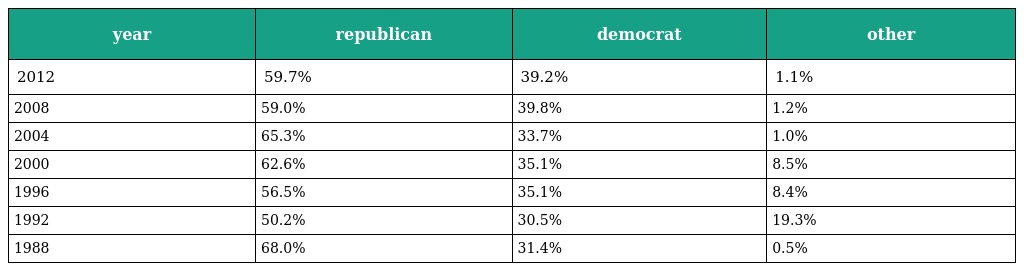
| year | republican | democrat | other |
 | --- | --- | --- | --- |
 | 2012 | 59.7% | 39.2% | 1.1% |
 | 2008 | 59.0% | 39.8% | 1.2% |
 | 2004 | 65.3% | 33.7% | 1.0% |
 | 2000 | 62.6% | 35.1% | 8.5% |
 | 1996 | 56.5% | 35.1% | 8.4% |
 | 1992 | 50.2% | 30.5% | 19.3% |
 | 1988 | 68.0% | 31.4% | 0.5% |